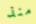
منذ